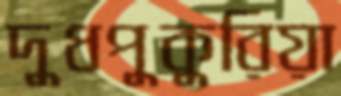
দুধপুকুরিয়া